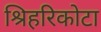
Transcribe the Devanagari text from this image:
श्रिहरिकोटा